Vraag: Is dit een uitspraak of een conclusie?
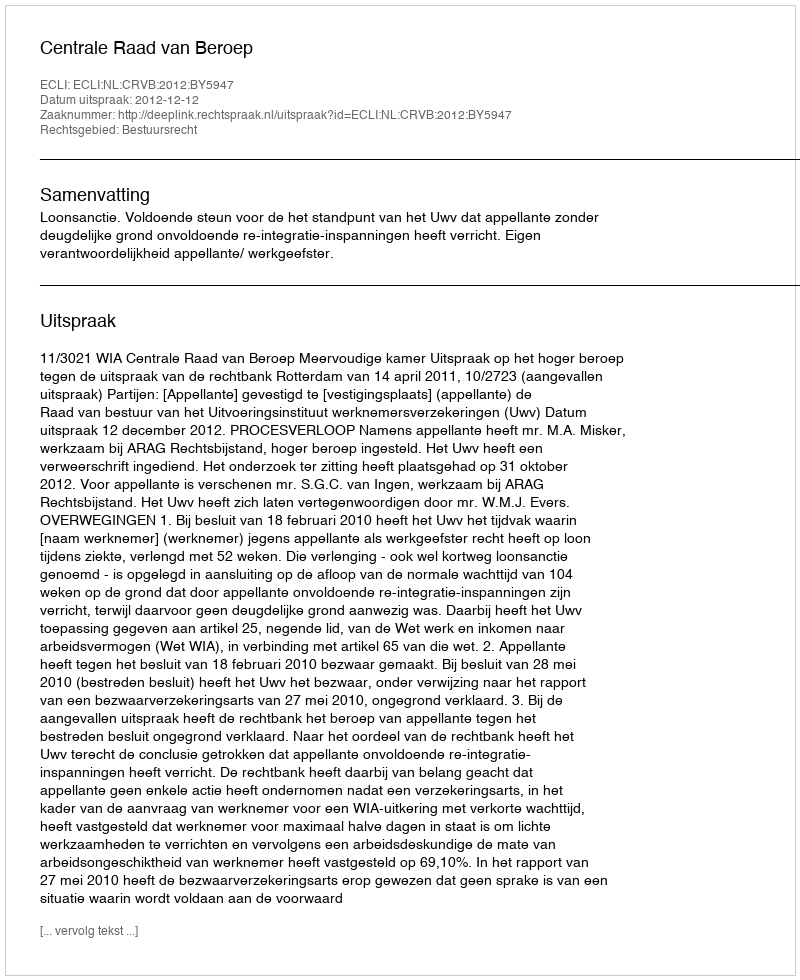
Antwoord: Uitspraak